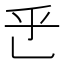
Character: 𬼡